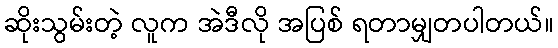
ဆိုးသွမ်းတဲ့ လူက အဲဒီလို အပြစ် ရတာမျှတပါတယ်။